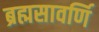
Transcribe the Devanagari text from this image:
ब्रह्मसावर्णि